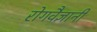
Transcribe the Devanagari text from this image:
रोगवैज्ञानी